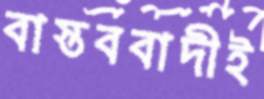
বাস্তববাদীই